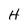
Character: H